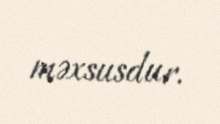
məxsusdur.